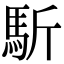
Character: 馸